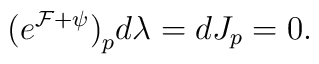
\big( e^{\cal F+\psi}\big)_p  d\lambda = dJ_p =0.